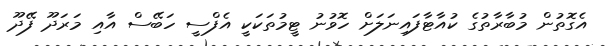
އެގޮތުން މުބާރާތުގެ ކުއާޓާފައިނަލަށް ހޮވުނު ޓީމުތަކަކީ އެފްސީ ހަބޭސް އާއި މަރަދޫ ފޭދޫ